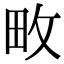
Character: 畋